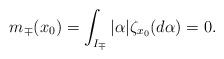
LaTeX: \begin{align*}m_\mp(x_0)=\int_{I_\mp}|\alpha|\zeta_{x_0}(d\alpha)=0. \end{align*}